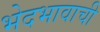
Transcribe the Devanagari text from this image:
भेदभावाची